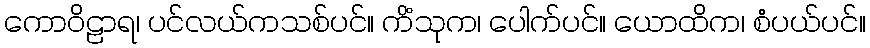
ကောဝိဠာရ၊ ပင်လယ်ကသစ်ပင်။ ကိံသုက၊ ပေါက်ပင်။ ယောထိက၊ စံပယ်ပင်။